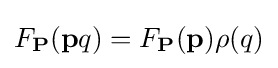
F_{\mathbf {P} }({\mathbf {p} }q)=F_{\mathbf {P} }({\mathbf {p} })\rho (q)